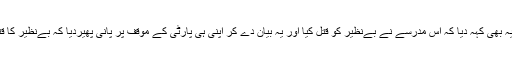
ایک وفاقی وزیر نے تو یہ بھی کہہ دیا کہ اس مدرسے نے بےنظیر کو قتل کیا اور یہ بیان دے کر اپنی ہی پارٹی کے موقف پر پانی پھیردیا کہ بےنظیر کا قتل مشرف کا کرشمہ تھا۔